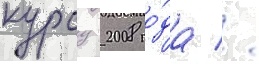
курсу 2008 го́да //